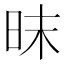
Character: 昩